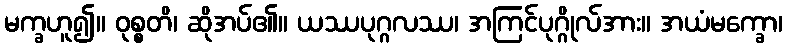
မက္ခဟူ၍။ ဝုစ္စတိ၊ ဆိုအပ်၏။ ယဿပုဂ္ဂလဿ၊ အကြင်ပုဂ္ဂိုလ်အား။ အယံမက္ခော၊